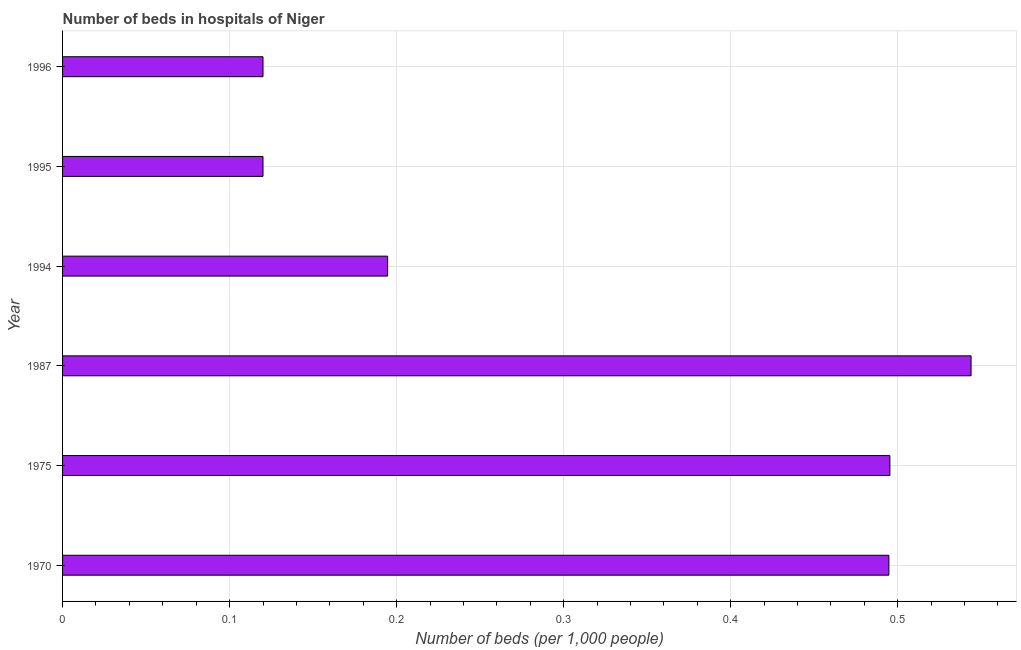
| Year | Hospital beds |
 | --- | --- |
 | 1970 | 0.495 |
 | 1975 | 0.495 |
 | 1987 | 0.544 |
 | 1994 | 0.195 |
 | 1995 | 0.12 |
 | 1996 | 0.12 |